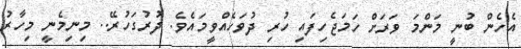
އެހެން ބުނީ މަންމަ ވަރަށް ހަމަޖެހިފައި ހުރި ދުވަހެއްވީމައެވެ. ދުރުގަހުރޭ.. މިނިމެނީ މިހާރު